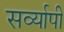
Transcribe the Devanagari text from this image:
सर्व्यापी